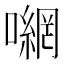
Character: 𭋮